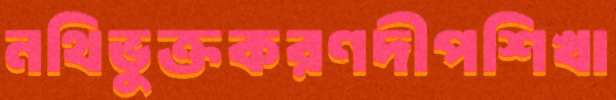
নথিভুক্তকরণদীপশিখা